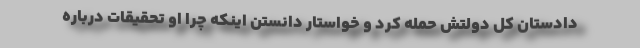
دادستان کل دولتش حمله کرد و خواستار دانستن اینکه چرا او تحقیقات درباره